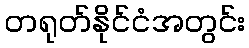
တရုတ်နိုင်ငံအတွင်း